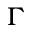
\Gamma